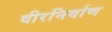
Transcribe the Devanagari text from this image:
वीरनिर्वाण